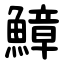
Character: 鱆